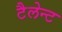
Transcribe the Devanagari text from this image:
टैलेन्ट